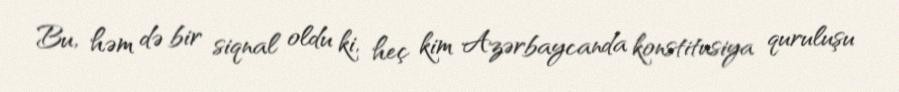
Bu, həm də bir siqnal oldu ki, heç kim Azərbaycanda konstitusiya quruluşu